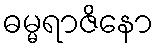
ဓမ္မရာဇိနော